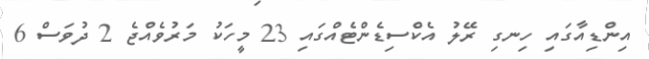
އިންޑިއާގައި ހިނގި ރޭލު އެކްސިޑެންޓެއްގައި 23 މީހަކު މަރުވެއްޖެ 2 ދުވަސް 6